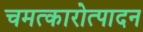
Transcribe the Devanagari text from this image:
चमत्कारोत्पादन